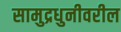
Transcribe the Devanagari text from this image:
सामुद्रधुनीवरील